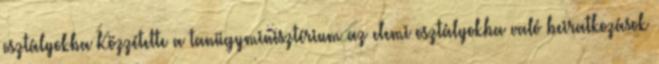
osztályokba Közzétette a tanügyminisztérium az elemi osztályokba való beiratkozások